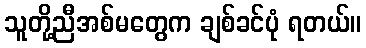
သူတို့ညီအစ်မတွေက ချစ်ခင်ပုံ ရတယ်။